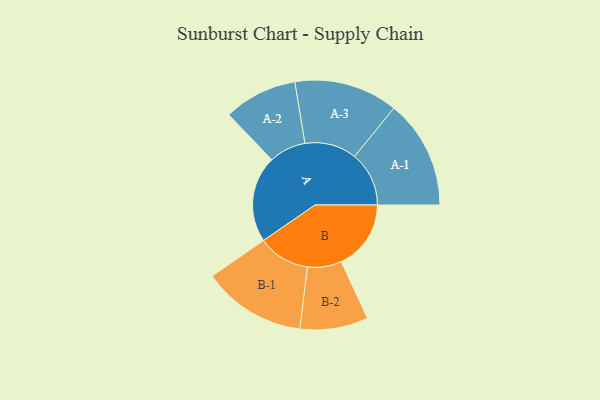
{"axis": {"x": "Segment", "y": "Value"}, "legend": ["", "A", "B"], "data": [{"x": "A", "y": 442, "type": ""}, {"x": "B", "y": 356, "type": ""}, {"x": "A-1", "y": 278, "type": "A"}, {"x": "A-2", "y": 188, "type": "A"}, {"x": "A-3", "y": 265, "type": "A"}, {"x": "B-1", "y": 265, "type": "B"}, {"x": "B-2", "y": 174, "type": "B"}]}